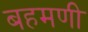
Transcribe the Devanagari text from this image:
बहमणी